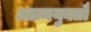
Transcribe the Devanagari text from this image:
आत्मयुक्तौ